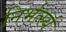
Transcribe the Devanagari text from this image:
निर्भर्त्स्य